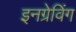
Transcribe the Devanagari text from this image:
इनग्रेविंग